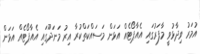
އުމަރު ވިދާޅުވީ މާފަރުގައި އެއާޕޯޓެއް އަޅަން މަސައްކަތްކުރާ އިރު މަނަދޫގައި އެއާޕޯޓެއް އަޅަން